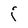
Character: i